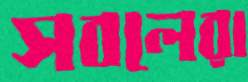
সবলেরা